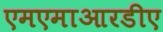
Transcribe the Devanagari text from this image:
एमएमाआरडीए